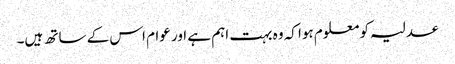
عدلیہ کو معلوم ہوا کہ وہ بہت اہم ہے اور عوام اس کے ساتھ ہیں۔